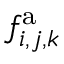
f _ { i , j , k } ^ { \mathrm { a } }